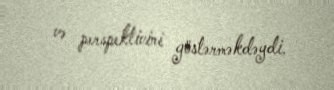
və perspektivini göstərməkdəydi.